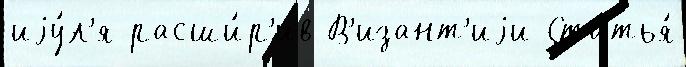
иjу́л'я расши́р'ив В'изант'иjи Статья́